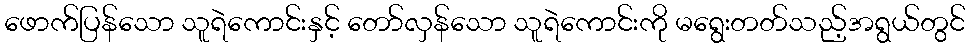
ဖောက်ပြန်သော သူရဲကောင်းနှင့် တော်လှန်သော သူရဲကောင်းကို မရွေးတတ်သည့်အရွယ်တွင်